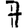
Digit: 7